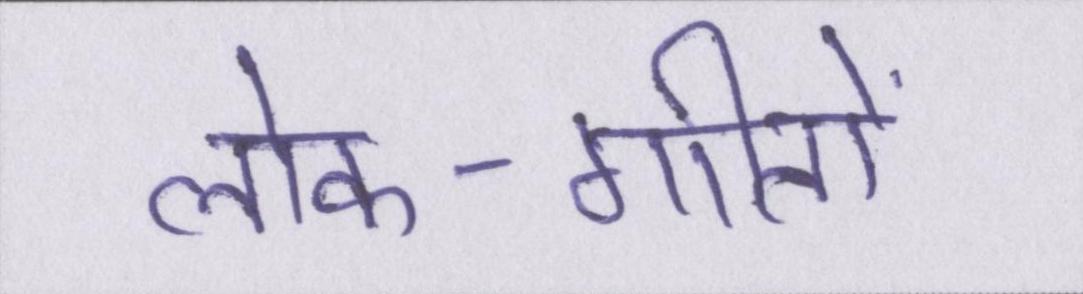
लोक-गीतों